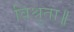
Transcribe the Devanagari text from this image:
विश्रुता॥